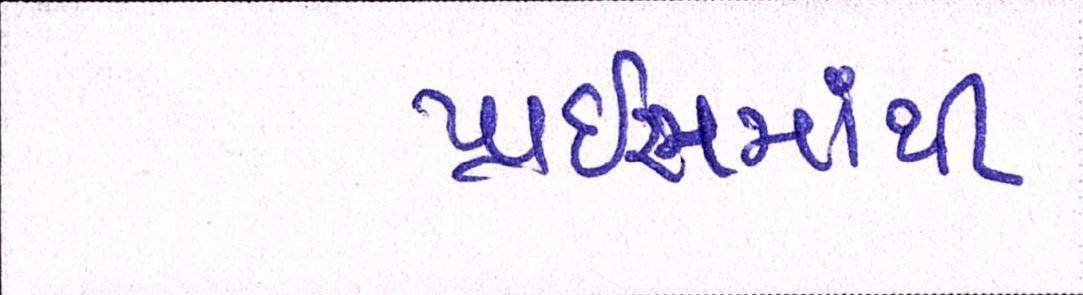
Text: પ્રાઇસમાંથી